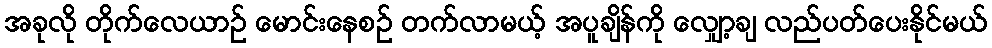
အခုလို တိုက်လေယာဉ် မောင်းနေစဉ် တက်လာမယ့် အပူချိန်ကို လျှော့ချ လည်ပတ်ပေးနိုင်မယ်